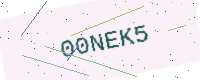
Text: 00NEK5